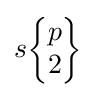
s{\begin{Bmatrix}p\\2\end{Bmatrix}}